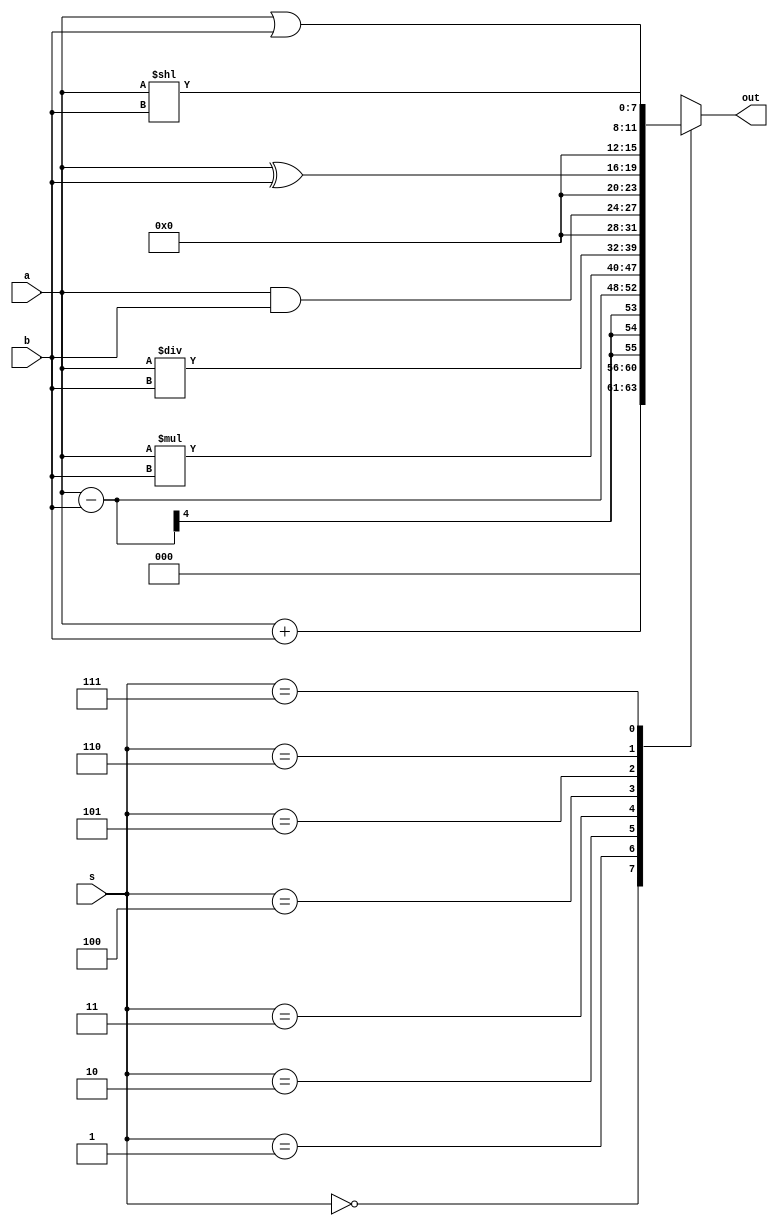
`timescale 1ns / 1ps


module ALU_4_bit(
    input [2:0] s,
    input [3:0] a,b,
    output reg [7:0] out
    
    );
    
    always@(*)
    case(s)
        3'b000: out <= a + b;
        3'b001: out <= a - b;
        3'b010: out <= a * b;
        3'b011: out <= a / b;
        3'b100: out <= a & b;
        3'b101: out <= a ^ b;
        3'b110: out <= a | b;
        3'b111: out <= a << b;
        endcase
     
        
    
endmodule

module ALU_tb;
reg [2:0] s;
reg [3:0] a,b;
wire [7:0] out;
integer i=0;
ALU_4_bit al(s,a,b,out);
initial begin
a = 15; b = 9; s =0;
for(i=0; i<8; i=i+1)
    #5 s = i;

end




endmodule